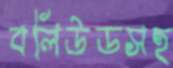
বলিউডসহ